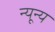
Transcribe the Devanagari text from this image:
न्यून्य